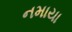
નમાયા